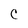
Character: C